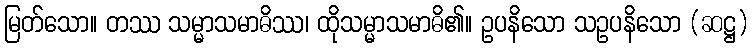
မြတ်သော။ တဿ သမ္မာသမာဓိဿ၊ ထိုသမ္မာသမာဓိ၏။ ဥပနိသော သဥပနိသော (ဆဋ္ဌ)